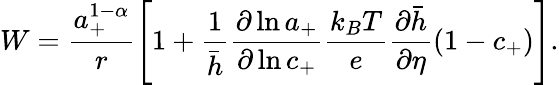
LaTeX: W=\frac{a_{+}^{1-\alpha}}{r}\left[1+\frac{1}{\bar{h}}\frac{\partial\ln{a_{+}}}{\partial\ln{c_{+}}}\frac{k_{B}T}{e}\frac{\partial\bar{h}}{\partial\eta}(1-c_{+})\right].